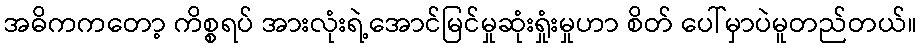
အဓိကကတော့ ကိစ္စရပ် အားလုံးရဲ့အောင်မြင်မှုဆုံးရှုံးမှုဟာ စိတ် ပေါ်မှာပဲမူတည်တယ်။